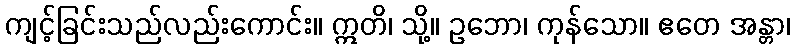
ကျင့်ခြင်းသည်လည်းကောင်း။ ဣတိ၊ သို့။ ဥဘော၊ ကုန်သော။ ဧတေ အန္တာ၊